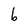
Character: b